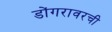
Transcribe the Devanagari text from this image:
डोंगरावरची